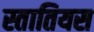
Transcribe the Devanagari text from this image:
स्तातियस